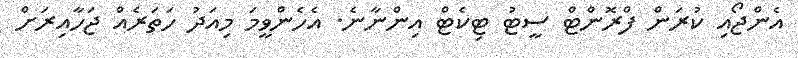
އެންޖޯއި ކުރަން ފްރޮންޓް ސީޓު ޓިކެޓް އިންނާނެ. އެހެންވީމަ މިއަދު ހަތަރެއް ޖަހާއިރަށް